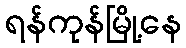
ရန်ကုန်မြို့နေ